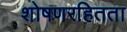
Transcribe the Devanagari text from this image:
शोषणरहितता